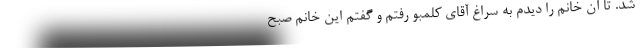
شد. تا آن خانم را دیدم به سراغ آقای کلمبو رفتم و گفتم این خانم صبح